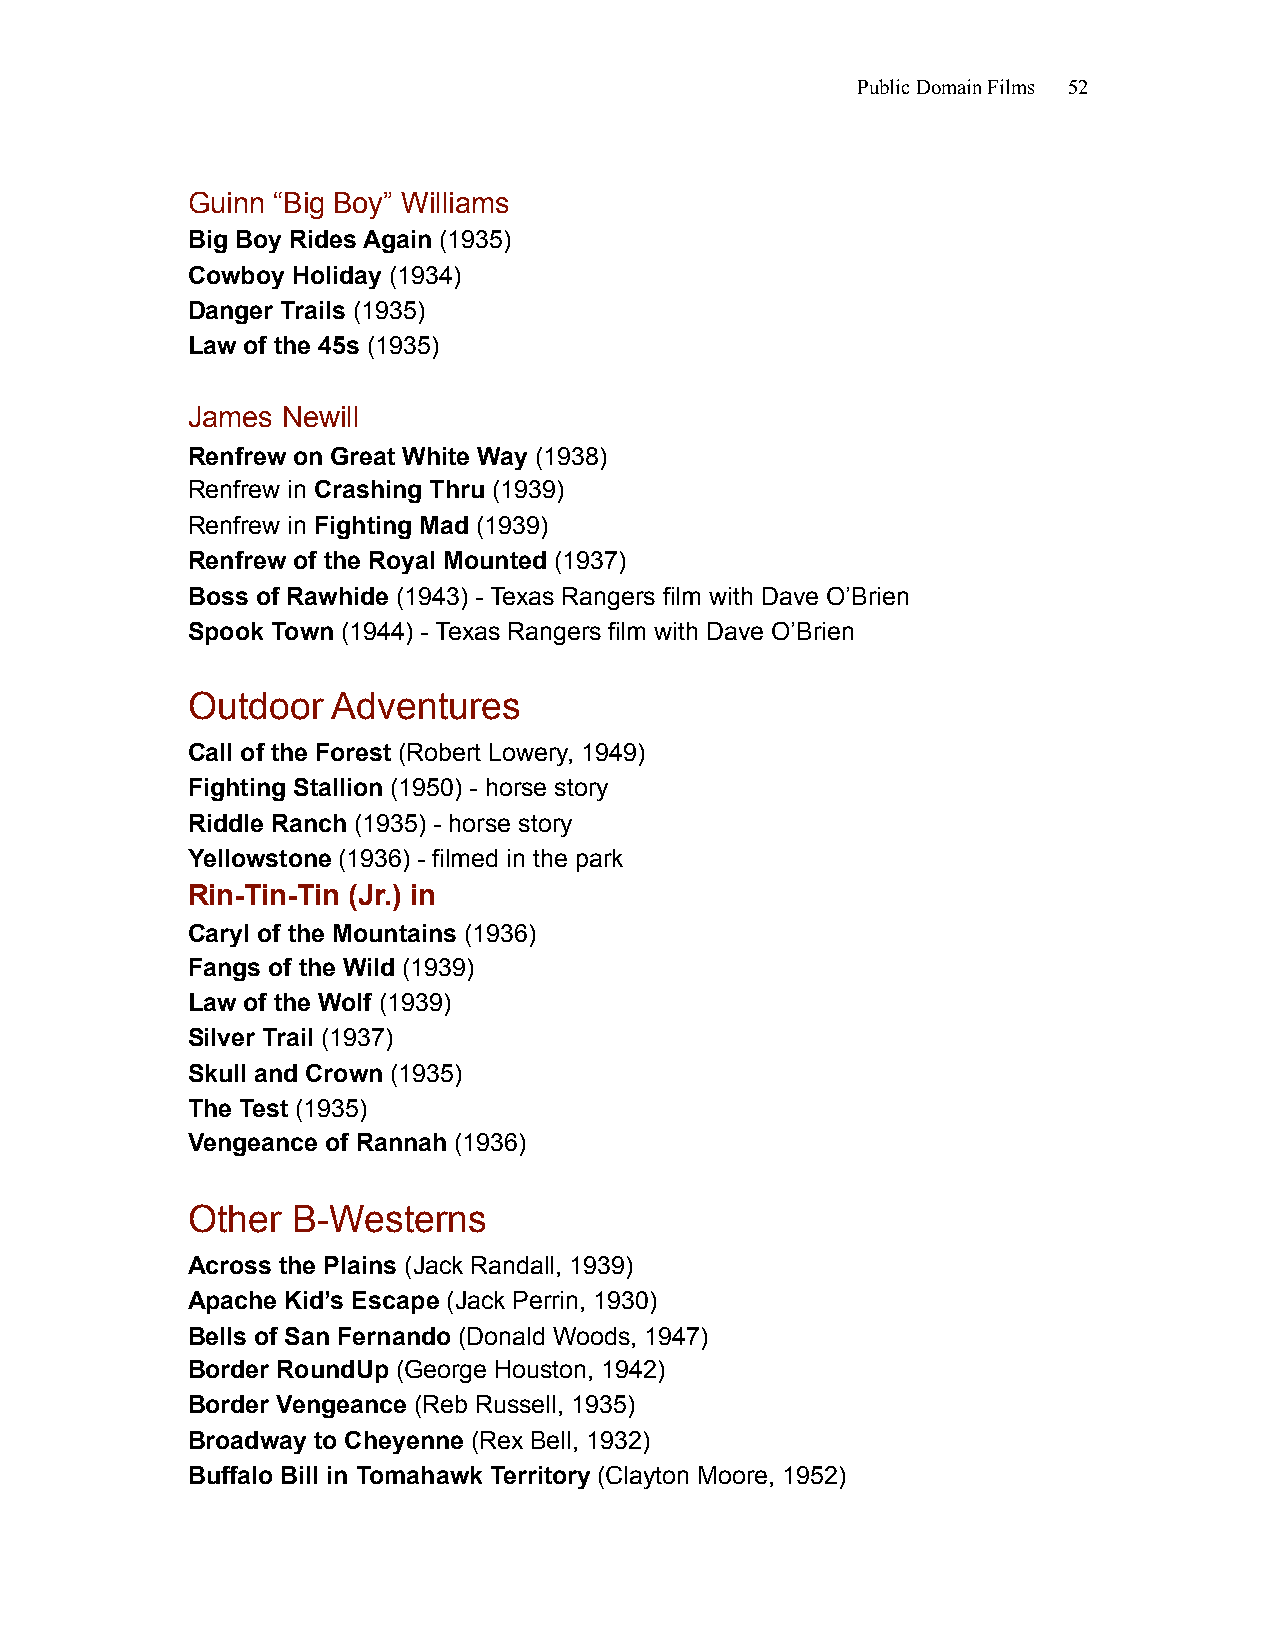
Public Domain Films 52
 Guinn “Big Boy” Williams
 Big Boy Rides Again (1935)
 Cowboy Holiday (1934)
 Danger Trails (1935)
 Law of the 45s (1935)
 James  Newill
 Renfrew on Great White Way (1938)
 Renfrew in Crashing Thru (1939)
 Renfrew in Fighting Mad (1939)
 Renfrew of the Royal Mounted (1937)
 Boss of Rawhide (1943) - Texas Rangers film with Dave O’Brien
 Spook Town (1944) - Texas Rangers film with Dave O’Brien
 Outdoor   Adventures
 Call of the Forest (Robert Lowery, 1949)
 Fighting Stallion (1950) - horse story
 Riddle Ranch (1935) - horse story
 Yellowstone (1936) - filmed in the park
 Rin-Tin-Tin (Jr.) in
 Caryl of the Mountains (1936)
 Fangs of the Wild (1939)
 Law of the Wolf (1939)
 Silver Trail (1937)
 Skull and Crown (1935)
 The Test (1935)
 Vengeance of Rannah (1936)
 Other  B-Westerns
 Across the Plains (Jack Randall, 1939)
 Apache Kid’s Escape (Jack Perrin, 1930)
 Bells of San Fernando (Donald Woods, 1947)
 Border RoundUp (George Houston, 1942)
 Border Vengeance (Reb Russell, 1935)
 Broadway to Cheyenne (Rex Bell, 1932)
 Buffalo Bill in Tomahawk Territory (Clayton Moore, 1952)